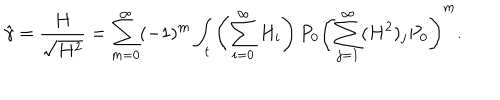
LaTeX: \hat { \gamma } = \frac { H } { \sqrt { H ^ { 2 } } } = \sum _ { m = 0 } ^ { \infty } ( - 1 ) ^ { m } \int _ { t } \left( \sum _ { i = 0 } ^ { \infty } H _ { i } \right) P _ { 0 } \left( \sum _ { j = 1 } ^ { \infty } ( H ^ { 2 } ) _ { j } P _ { 0 } \right) ^ { m } .